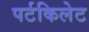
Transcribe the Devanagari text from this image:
पर्टकिलेट